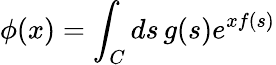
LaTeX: \phi(x)=\int_{C}ds\, g(s)e^{xf(s)}